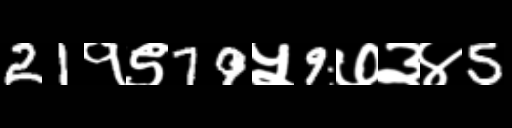
Text: 21१९79५9७३४5